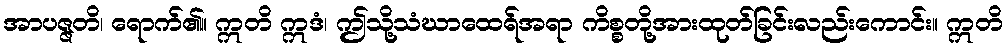
အာပဇ္ဇတိ၊ ရောက်၏။ ဣတိ ဣဒံ၊ ဤသို့သံဃာထေရ်အရာ ကိစ္စတို့အားထုတ်ခြင်းလည်းကောင်း။ ဣတိ